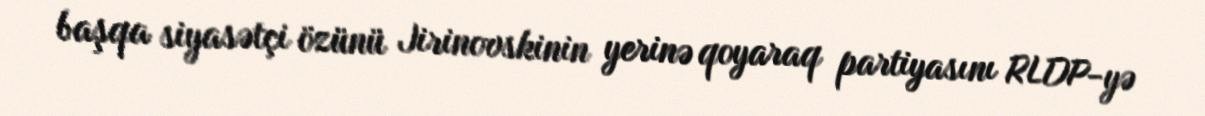
başqa siyasətçi özünü Jirinovskinin yerinə qoyaraq partiyasını RLDP-yə